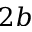
2 b